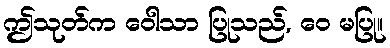
ဤသုတ်က ဝေါသာ ပြုသည်, ဝေ မပြု။